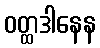
ဝတ္ထဒါနေန